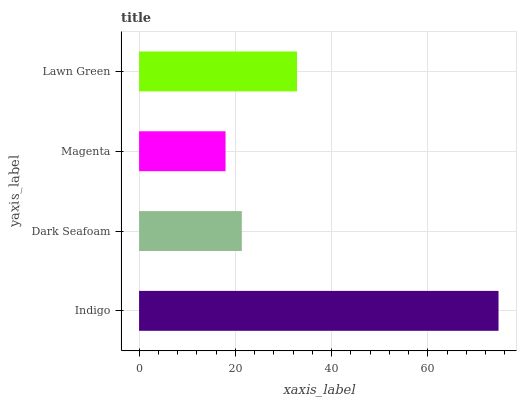
| yaxis_label | bars |
 | --- | --- |
 | Indigo | 74.7 |
 | Dark Seafoam | 21.3 |
 | Magenta | 18 |
 | Lawn Green | 32.8 |